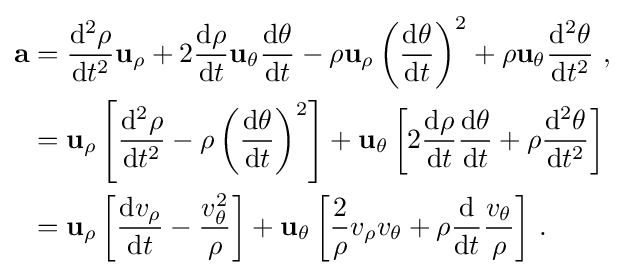
{\begin{aligned}\mathbf {a} &={\frac {\mathrm {d} ^{2}\rho }{\mathrm {d} t^{2}}}\mathbf {u} _{\rho }+2{\frac {\mathrm {d} \rho }{\mathrm {d} t}}\mathbf {u} _{\theta }{\frac {\mathrm {d} \theta }{\mathrm {d} t}}-\rho \mathbf {u} _{\rho }\left({\frac {\mathrm {d} \theta }{\mathrm {d} t}}\right)^{2}+\rho \mathbf {u} _{\theta }{\frac {\mathrm {d} ^{2}\theta }{\mathrm {d} t^{2}}}\ ,\\&=\mathbf {u} _{\rho }\left[{\frac {\mathrm {d} ^{2}\rho }{\mathrm {d} t^{2}}}-\rho \left({\frac {\mathrm {d} \theta }{\mathrm {d} t}}\right)^{2}\right]+\mathbf {u} _{\theta }\left[2{\frac {\mathrm {d} \rho }{\mathrm {d} t}}{\frac {\mathrm {d} \theta }{\mathrm {d} t}}+\rho {\frac {\mathrm {d} ^{2}\theta }{\mathrm {d} t^{2}}}\right]\\&=\mathbf {u} _{\rho }\left[{\frac {\mathrm {d} v_{\rho }}{\mathrm {d} t}}-{\frac {v_{\theta }^{2}}{\rho }}\right]+\mathbf {u} _{\theta }\left[{\frac {2}{\rho }}v_{\rho }v_{\theta }+\rho {\frac {\mathrm {d} }{\mathrm {d} t}}{\frac {v_{\theta }}{\rho }}\right]\,.\end{aligned}}